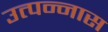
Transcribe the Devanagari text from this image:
उत्पन्नास